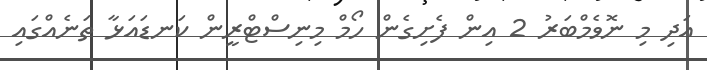
އަދި މި ނޮވެމްބަރު 2 އިން ފެށިގެން ހޯމް މިނިސްޓްރީން ކަނޑައަޅާ ތަނެއްގައި